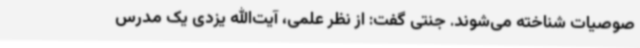
صوصیات شناخته می‌شوند. جنتی گفت: از نظر علمی، آیت‌الله یزدی یک مدرس